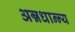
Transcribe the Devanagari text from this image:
अन्नधान्न्य